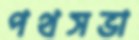
পথসভা